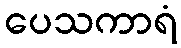
ပေသကာရံ